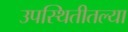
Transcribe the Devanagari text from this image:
उपस्थितीतल्या